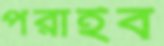
পরাইব